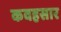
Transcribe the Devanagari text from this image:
कवहसार